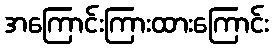
အကြောင်းကြားထားကြောင်း